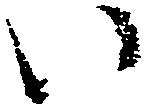
い